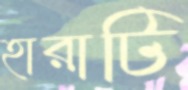
হারাটি